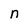
Character: n